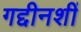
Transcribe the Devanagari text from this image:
गद्दीनशीं